Scottish Leaving Certificate Examination, 1957
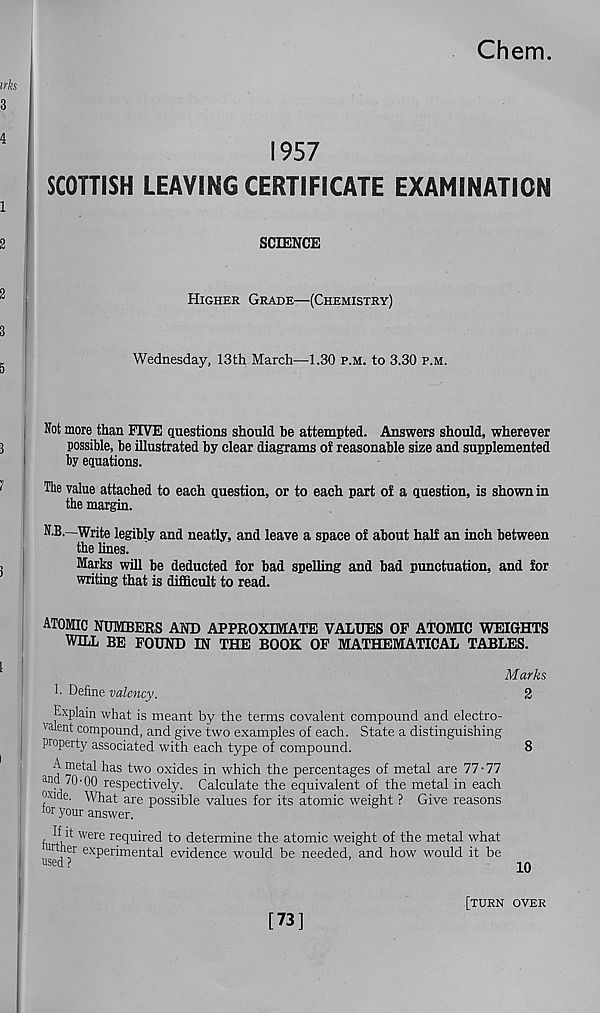
Chem.
1957
SCOTTISH LEAVING CERTIFICATE EXAMINATION
SCIENCE
Higher Grade—(Chemistry)
Wednesday, 13th March—1.30 p.m. to 3.30 p.m.
Not more than FIVE questions should be attempted. Answers should, wherever
possible, be illustrated by clear diagrams of reasonable size and supplemented
by equations.
The value attached to each question, or to each part of a question, is shown in
the margin.
N.B.- Write legibly and neatly, and leave a space of about half an inch between
the lines.
Marks will be deducted for bad spelling and bad punctuation, and for
writing that is difficult to read.
atomic numbeks and approximate values of atomic weights
WILL BE FOUND IN THE BOOK OF MATHEMATICAL TABLES.
Marks
!■ Define valency.
2
^ Explain what is meant by the terms covalent compound and electro-
v alent compound, and give two examples of each. State a distinguishing
property associated with each type of compound.
8
A metal has two oxides in which the percentages of metal are 77 • 77
and 70 • 00 respectively. Calculate the equivalent of the metal in each
oxide. What are possible values for its atomic weight ? Give reasons
tor your answer.
f
Were r ® c l u t re d 1:0 determine the atomic weight of the metal what
under experimental evidence would be needed, and how would it be
used?
m
[73]
[turn over